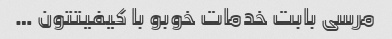
مرسی بابت خدمات خوبو با کیفیتتون …